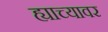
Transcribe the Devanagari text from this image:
ह्याच्यावर